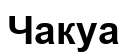
Чакуа